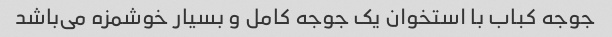
جوجه کباب با استخوان یک جوجه کامل و بسیار خوشمزه می‌باشد